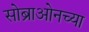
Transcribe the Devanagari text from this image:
सोब्राओनच्या